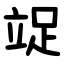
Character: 䇍